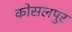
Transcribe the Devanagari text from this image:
कोसलपुर